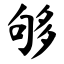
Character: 够